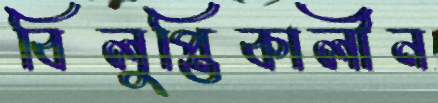
বিলুপ্তিকালীন